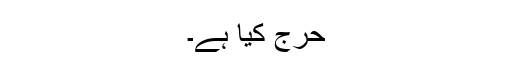
حرج کیا ہے۔